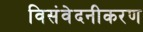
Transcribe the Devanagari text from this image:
विसंवेदनीकरण